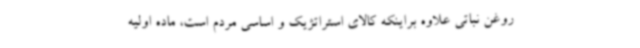
روغن نباتی علاوه براینکه کالای استراتژیک و اساسی مردم است، ماده اولیه